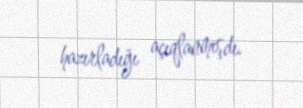
hazırladığı açıqlanmışdı.